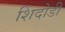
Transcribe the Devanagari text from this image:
शिंदोडी